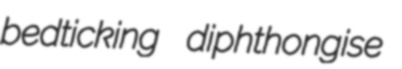
bedticking diphthongise